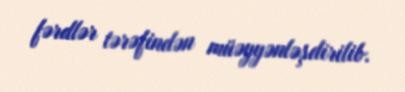
fərdlər tərəfindən müəyyənləşdirilib.